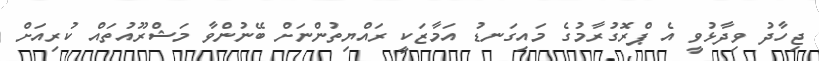
ޖިހާދު ވިދާޅުވީ އެ ޕްރޮގުރާމުގެ މައިގަނޑު އަމާޒަކީ ރައްޔިތުންނަށް ބޭނުންވާ މަޝްރޫއުތައް ކުރިއަށް